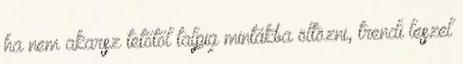
ha nem akarsz tetőtől talpig mintákba öltözni, trendi leszel